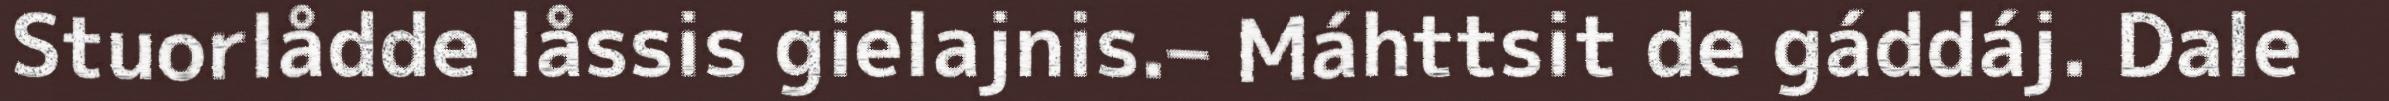
Stuorlådde låssis gielajnis.– Máhttsit de gáddáj. Dale